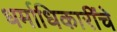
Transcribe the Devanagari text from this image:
धर्माधिकारींचे